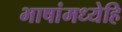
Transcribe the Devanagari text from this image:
भाषांमध्येहि